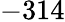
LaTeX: -314